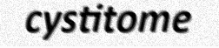
cystitome